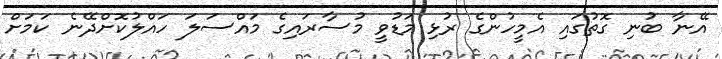
އޭނާ ބުނި ގޮތުގައި އެމީހުންގެ ރުޅި މަޑުވީ މުސާރައިގެ މައްސަލަ ހައްލުކޮށްދޭނެ ކަމަށް